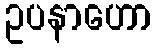
ဥပနာဟော